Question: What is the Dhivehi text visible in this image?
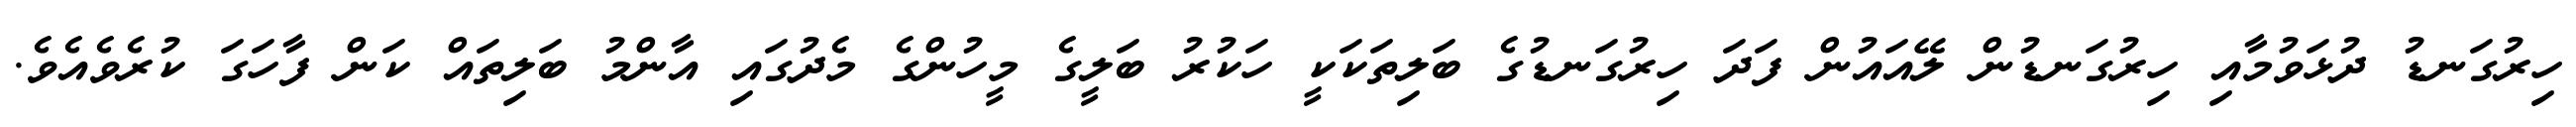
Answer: ހިރުގަނޑު ދުޅަވުމާއި ހިރުގަނޑުން ލޭއައުން ފަދަ ހިރުގަނޑުގެ ބަލިތަކަކީ ހަކުރު ބަލީގެ މީހުންގެ މެދުގައި އާންމު ބަލިތައް ކަން ފާހަގަ ކުރެވެއެވެ.